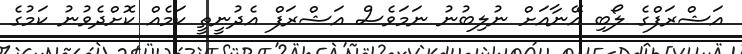
އަޝްރަފްގެ ލޯބި އޭނާއަށް ނުލިބުނު ނަމަވެސް އަޝްރަފް އެދުނީތީ ކަމެއް ކޮށްދެވުނު ކަމުގެ